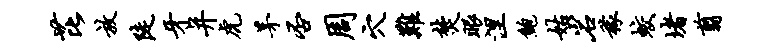
芘放陡牙并虎茅否周穴难焚眼涅鲍姑岩稼蛟堵翦